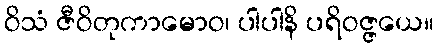
ဝိသံ ဇီဝိတုကာမောဝ၊ ပါပါနိ ပရိဝဇ္ဇယေ။